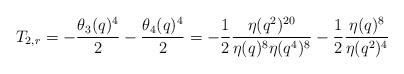
LaTeX: \begin{align*}T_{2,r}=-\frac{\theta_3(q)^4}{2}-\frac{\theta_4(q)^4}{2}=-\frac{1}{2}\frac{\eta(q^2)^{20}}{\eta(q)^8\eta(q^4)^8}-\frac{1}{2}\frac{\eta(q)^8}{\eta(q^2)^4}\end{align*}